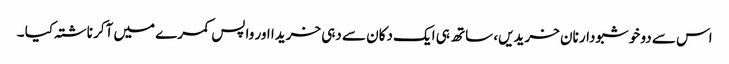
اس سے دو خوشبودار نان خریدیں، ساتھ ہی ایک دکان سے دہی خریدا اور واپس کمرے میں آکر ناشتہ کیا ۔